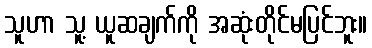
သူဟာ သူ့ ယူဆချက်ကို အဆုံးတိုင်မပြင်ဘူး။